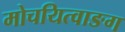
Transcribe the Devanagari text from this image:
मोचयित्वाङग